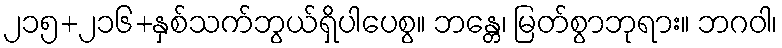
၂၁၅+၂၁၆+နှစ်သက်ဘွယ်ရှိပါပေစွ။ ဘန္တေ၊ မြတ်စွာဘုရား။ ဘဂဝါ၊